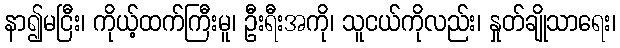
နာ၍မငြီး၊ ကိုယ့်ထက်ကြီးမူ၊ ဦးရီးအကို၊ သူငယ်ကိုလည်း၊ နှုတ်ချိုသာရေး၊